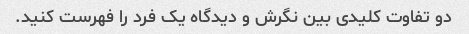
دو تفاوت کلیدی بین نگرش و دیدگاه یک فرد را فهرست کنید.